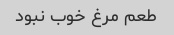
طعم مرغ خوب نبود